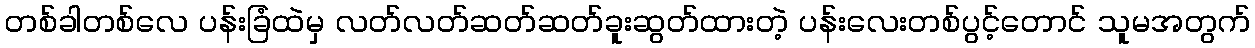
တစ်ခါတစ်လေ ပန်းခြံထဲမှ လတ်လတ်ဆတ်ဆတ်ခူးဆွတ်ထားတဲ့ ပန်းလေးတစ်ပွင့်တောင် သူမအတွက်